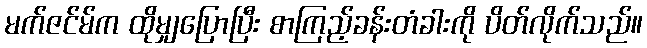
မက်ဇင်မ်က ထိုမျှပြောပြီး စာကြည့်ခန်းတံခါးကို ပိတ်လိုက်သည်။